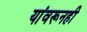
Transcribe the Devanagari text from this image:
यांवरूनही